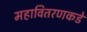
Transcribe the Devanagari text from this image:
महावितरणकडे